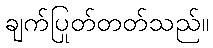
ချက်ပြုတ်တတ်သည်။